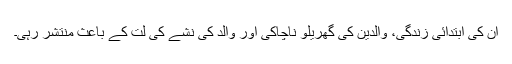
ان کی ابتدائی زندگی، والدین کی گھریلو ناچاکی اور والد کی نشے کی لت کے باعث منتشر رہی۔